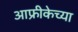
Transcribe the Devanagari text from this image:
आफ्रीकेच्या